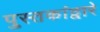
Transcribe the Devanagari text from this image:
पुस्तकांद्वारे